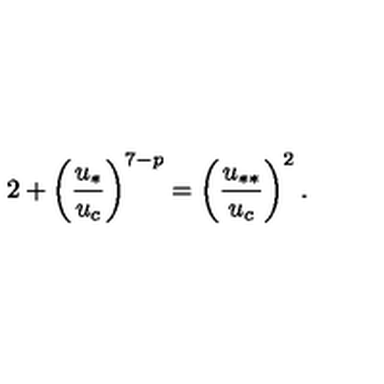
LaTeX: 2 + \left( \frac { u _ { * } } { u _ { c } } \right) ^ { 7 - p } = \left( \frac { u _ { * * } } { u _ { c } } \right) ^ { 2 } .